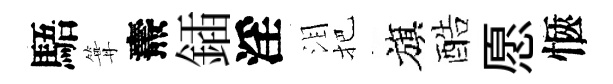
䮏篝燾鍤淫泪把旗酷愿愜